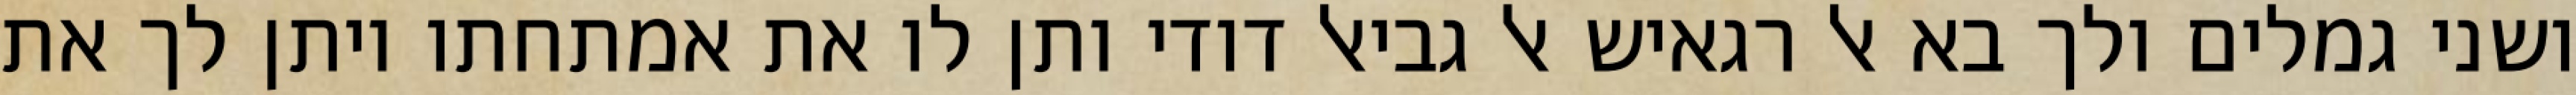
ושני גמלים ולך בא אל רגאיש אל גביאל דודי ותן לו את אמתחתו ויתן לך את